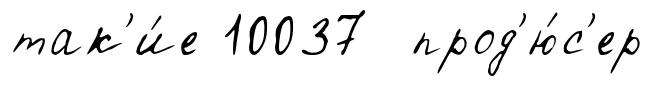
так'и́е 10037 прод'ю́с'ер